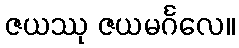
ဇယဿု ဇယမင်္ဂလေ။